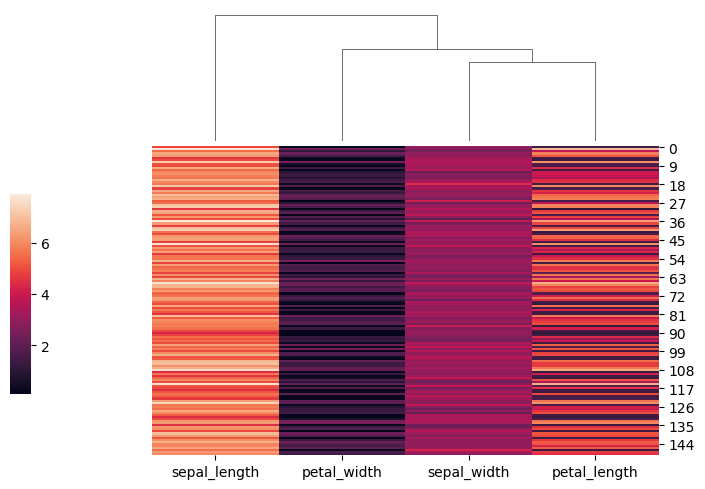
python, seaborn, clustermap, figsize=(7, 5), row_cluster=False, dendrogram_ratio=(0.2, 0.3), cbar_pos=(0, 0.2, 0.03, 0.4)